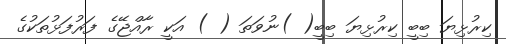
ކިރުޅިޔަ ބިބީ ކިރުޅިޔަ ބިބީ( )ނުވަތަ ( ) އަކީ ރާއްޖޭގެ ފަރުފަޅުތަކުގެ